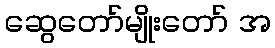
ဆွေတော်မျိုးတော် အ